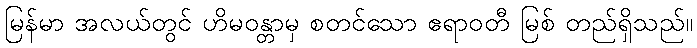
မြန်မာ အလယ်တွင် ဟိမဝန္တာမှ စတင်သော ဧရာဝတီ မြစ် တည်ရှိသည်။